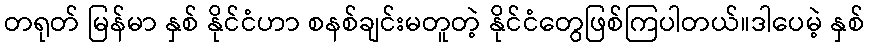
တရုတ် မြန်မာ နှစ် နိုင်ငံဟာ စနစ်ချင်းမတူတဲ့ နိုင်ငံတွေဖြစ်ကြပါတယ်။ဒါပေမဲ့ နှစ်